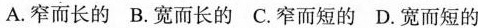
A.窄而长的 B.宽而长的 C.窄而短的 D.宽而短的